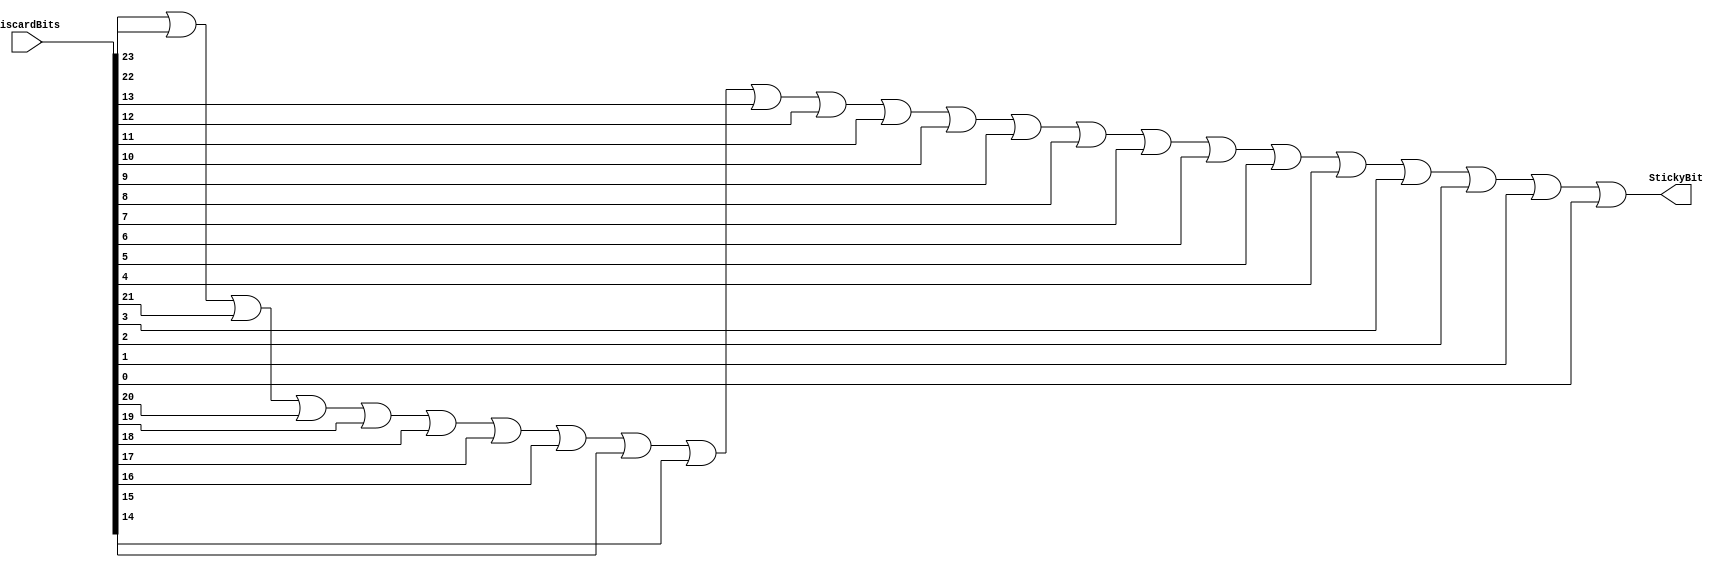

`timescale 1ns/1ps


module getStickyADD ( DiscardBits , StickyBit 
);


	input [ 23 : 0 ] DiscardBits ;
	output StickyBit ;
	
	
	assign StickyBit =   DiscardBits [23] | DiscardBits [22] 
			  |   DiscardBits [21] | DiscardBits [20]
		          |   DiscardBits [19] | DiscardBits [18]
			  |   DiscardBits [17] | DiscardBits [16]
	                  |   DiscardBits [15] | DiscardBits [14]
			   |   DiscardBits [13] | DiscardBits [12]
	                  |   DiscardBits [11] | DiscardBits [10]
      	                  |   DiscardBits [9] | DiscardBits [8]
	                  |   DiscardBits [7] | DiscardBits [6]
			   |   DiscardBits [5] | DiscardBits [4]
			   |   DiscardBits [3] | DiscardBits [2]
			   |   DiscardBits [1] | DiscardBits [0] ;  
			   
endmodule